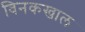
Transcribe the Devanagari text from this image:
विनकखाल